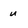
Character: u